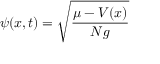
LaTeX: \psi ( x , t ) = { \sqrt { \frac { \mu - V ( x ) } { N g } } }